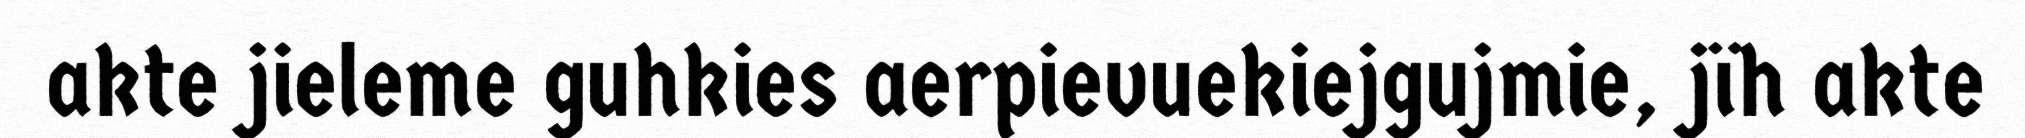
akte jieleme guhkies aerpievuekiejgujmie, jïh akte